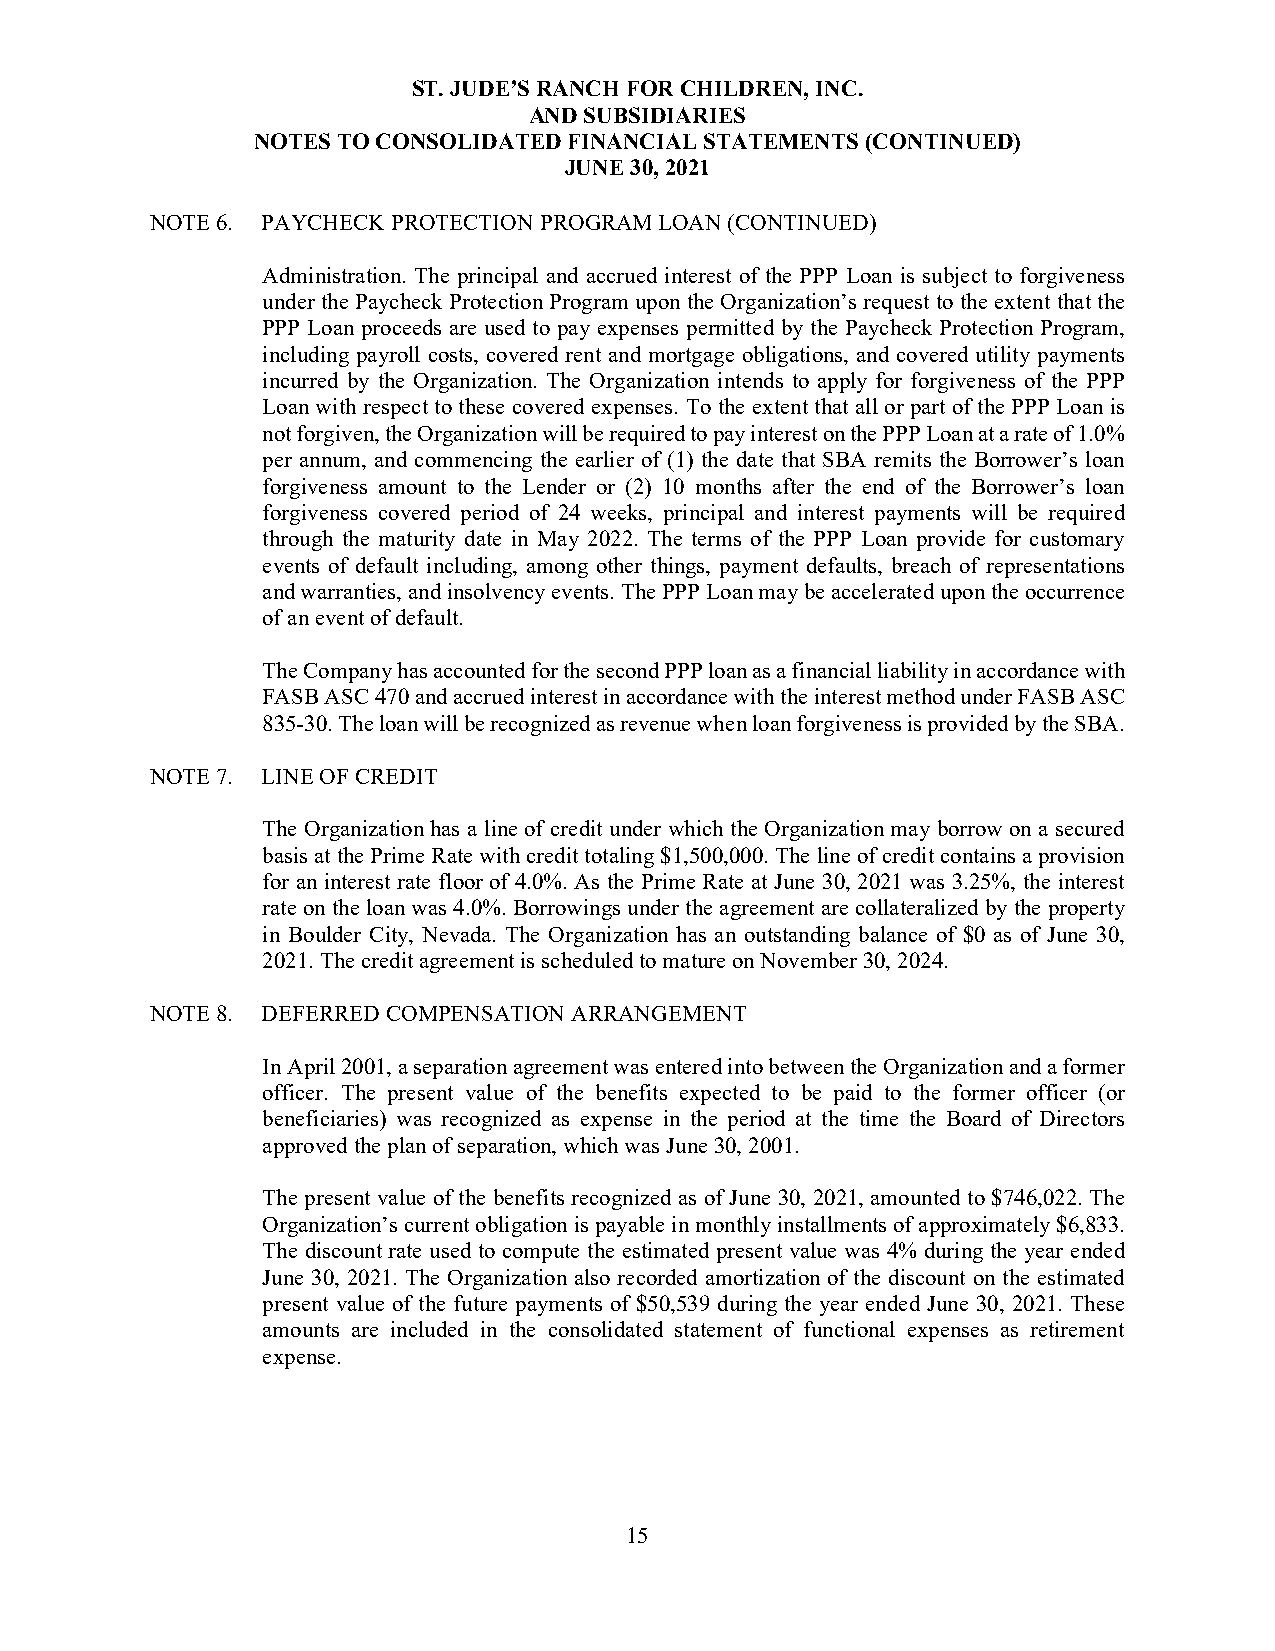
ST. JUDE’S RANCH FOR CHILDREN, INC.
 AND SUBSIDIARIES
 NOTES TO CONSOLIDATED FINANCIAL STATEMENTS (CONTINUED)
 JUNE 30, 2021
 NOTE 6. PAYCHECK PROTECTION PROGRAM LOAN (CONTINUED)
 Administration. The principal and accrued interest of the PPP Loan is subject to forgiveness
 under the Paycheck Protection Program upon the Organization’s request to the extent that the
 PPP Loan proceeds are used to pay expenses permitted by the Paycheck Protection Program,
 including payroll costs, covered rent and mortgage obligations, and covered utility payments
 incurred by the Organization. The Organization intends to apply for forgiveness of the PPP
 Loan with respect to these covered expenses. To the extent that all or part of the PPP Loan is
 not forgiven, the Organization will be required to pay interest on the PPP Loan at a rate of 1.0%
 per annum, and commencing the earlier of (1) the date that SBA remits the Borrower’s loan
 forgiveness amount to the Lender or (2) 10 months after the end of the Borrower’s loan
 forgiveness covered period of 24 weeks, principal and interest payments will be required
 through the maturity date in May 2022. The terms of the PPP Loan provide for customary
 events of default including, among other things, payment defaults, breach of representations
 and warranties, and insolvency events. The PPP Loan may be accelerated upon the occurrence
 of an event of default.
 The Company has accounted for the second PPP loan as a financial liability in accordance with
 FASB ASC 470 and accrued interest in accordance with the interest method under FASB ASC
 835-30. The loan will be recognized as revenue when loan forgiveness is provided by the SBA.
 NOTE 7. LINE OF CREDIT
 The Organization has a line of credit under which the Organization may borrow on a secured
 basis at the Prime Rate with credit totaling $1,500,000. The line of credit contains a provision
 for an interest rate floor of 4.0%. As the Prime Rate at June 30, 2021 was 3.25%, the interest
 rate on the loan was 4.0%. Borrowings under the agreement are collateralized by the property
 in Boulder City, Nevada. The Organization has an outstanding balance of $0 as of June 30,
 2021. The credit agreement is scheduled to mature on November 30, 2024.
 NOTE 8. DEFERRED COMPENSATION ARRANGEMENT
 In April 2001, a separation agreement was entered into between the Organization and a former
 officer. The present value of the benefits expected to be paid to the former officer (or
 beneficiaries) was recognized as expense in the period at the time the Board of Directors
 approved the plan of separation, which was June 30, 2001.
 The present value of the benefits recognized as of June 30, 2021, amounted to $746,022. The
 Organization’s current obligation is payable in monthly installments of approximately $6,833.
 The discount rate used to compute the estimated present value was 4% during the year ended
 June 30, 2021. The Organization also recorded amortization of the discount on the estimated
 present value of the future payments of $50,539 during the year ended June 30, 2021. These
 amounts are included in the consolidated statement of functional expenses as retirement
 expense.
 15